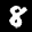
Label: 8